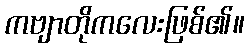
ကဗျာတိုကလေးဖြစ်၏။